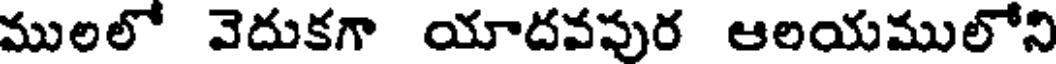
ములలో వెదుకగా యాదవపుర ఆలయములోని